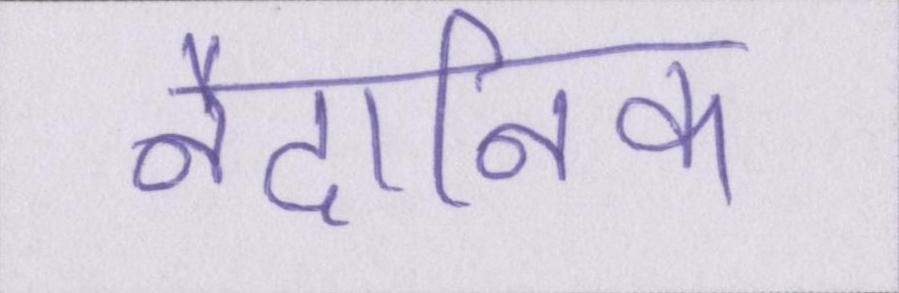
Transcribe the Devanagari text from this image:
नैदानिक